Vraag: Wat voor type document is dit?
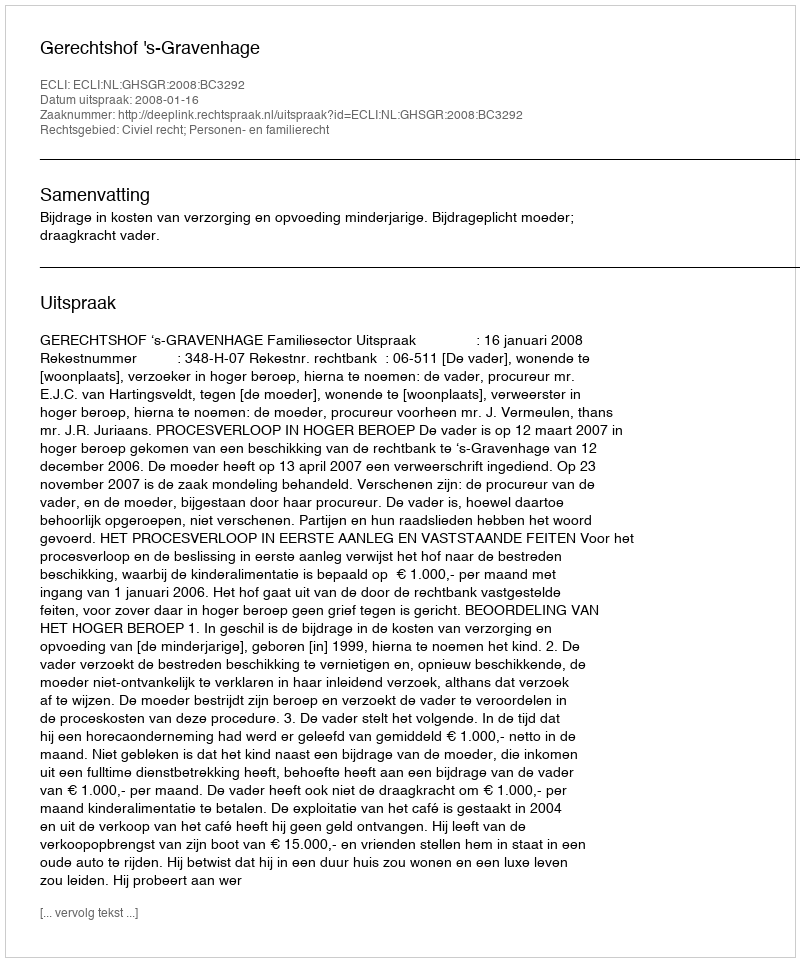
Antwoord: Uitspraak